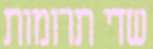
שדי תרומות